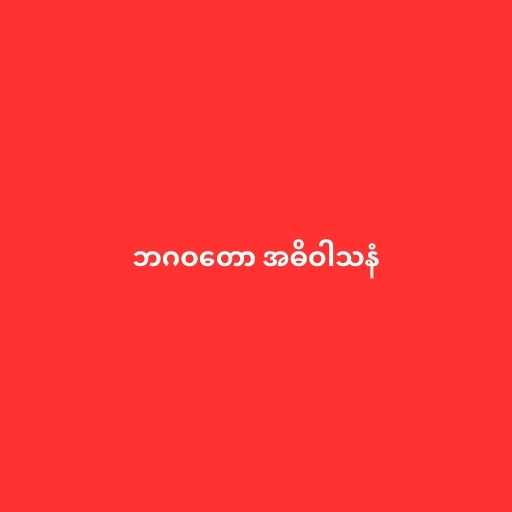
ဘဂဝတော အဓိဝါသနံ